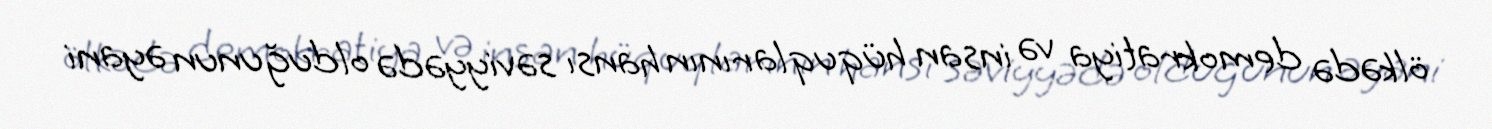
ölkədə demokratiya və insan hüquqlarının hansı səviyyədə olduğunun əyani